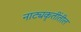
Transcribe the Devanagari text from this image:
नाट्यकृतींतील